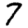
Digit: 7